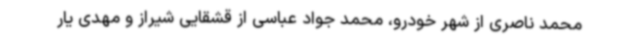
محمد ناصری از شهر خودرو، محمد جواد عباسی از قشقایی شیراز و مهدی یار